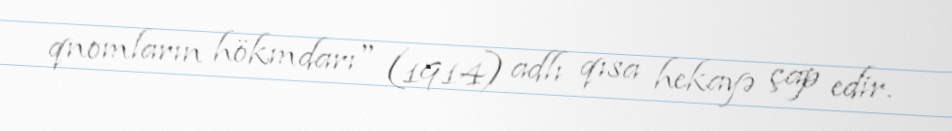
qnomların hökmdarı" (1914) adlı qısa hekayə çap edir.